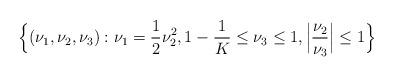
LaTeX: \begin{align*} \Big\{(\nu_1,\nu_2,\nu_3): \nu_1=\frac{1}{2}\nu_2^2,1-\frac{1}{K}\le \nu_3\le 1,\Big|\frac{\nu_2}{\nu_3}\Big|\le 1\Big\} \end{align*}